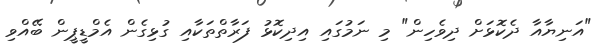
"އަނިޔާއާ ދެކޮޅަށް ދިވެހިން" މި ނަމުގައި އިދިކޮޅު ފަރާތްތަކާއި ގުޅިގެން އެމްޑީޕީން ބޭއްވި